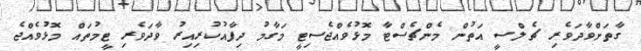
ގާތަށްވާދަވެރި ޗެލްސީ އަތުން މެންޗެސްޓާ މޮޅުވެއްޖެސިޓީ މަގާމު ދިފާއުކުރިއިރު ވާދަވެރި ޓީމުތައް މޮޅުވެއްޖެ